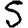
Digit: 5